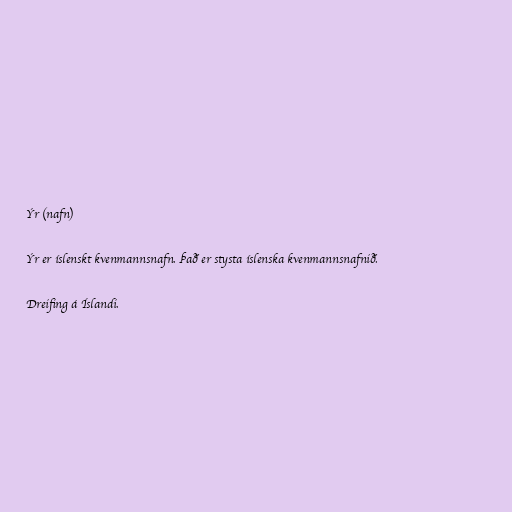
Ýr (nafn)

Ýr er íslenskt kvenmannsnafn. Það er stysta íslenska kvenmannsnafnið.

Dreifing á Íslandi.